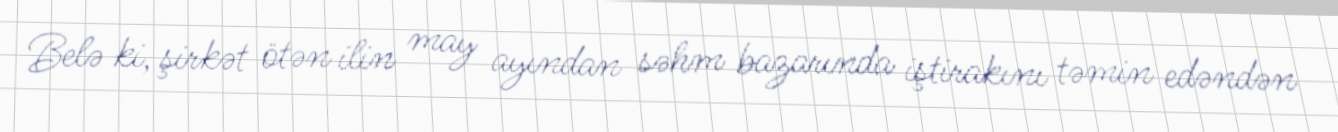
Belə ki, şirkət ötən ilin may ayından səhm bazarında iştirakını təmin edəndən